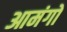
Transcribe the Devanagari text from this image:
आमंगों